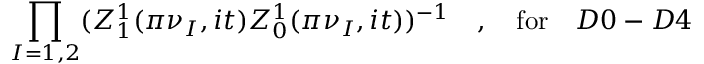
\prod _ { I = 1 , 2 } ( Z _ { 1 } ^ { 1 } ( \pi \nu _ { I } , i t ) Z _ { 0 } ^ { 1 } ( \pi \nu _ { I } , i t ) ) ^ { - 1 } \quad , \quad \mathrm { f o r } \quad D 0 - D 4